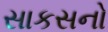
સાકસનો